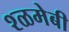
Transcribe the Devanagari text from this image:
श्ळमेबी